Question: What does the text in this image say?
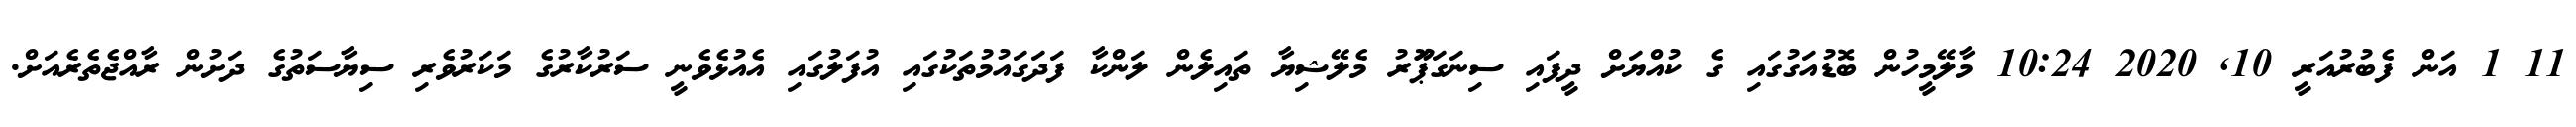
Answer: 11 1 އަން ފެބުރުއަރީ 10, 2020 10:24 މާލޭމީހުން ބޮޑުއަގުގައި ގެ ކުއްޔަށް ދީފައި ސިނަގަޕަޫރު މެލޭޝިޔާ ތައިލެން ލަންކާ ފަދަގައުމުތަކުގައި އުފަލުގައި އެއުޅެވެނީ ސަރުކާރުގެ މަކަރުވެރި ސިޔާސަތުގެ ދަށުން ރާއްޖެތެރެއަށް.